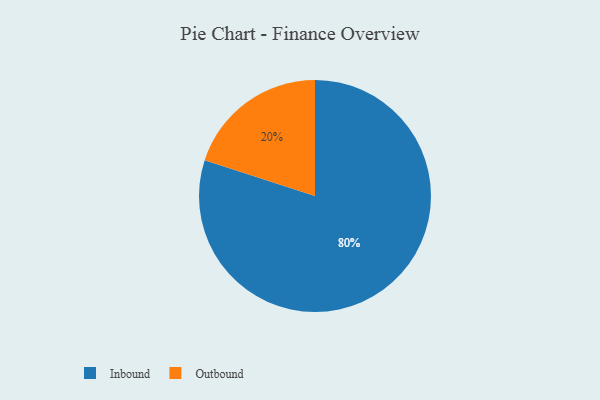
{"axis": {"x": "Category", "y": "Percentage"}, "legend": ["Inbound", "Outbound"], "data": [{"x": "Inbound", "y": 80, "type": "Inbound"}, {"x": "Outbound", "y": 20, "type": "Outbound"}]}